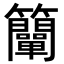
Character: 𥸍